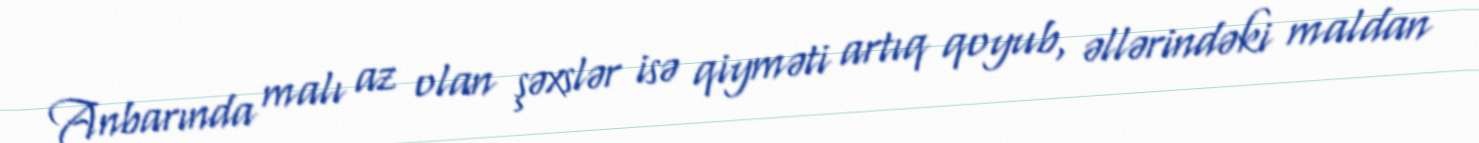
Anbarında malı az olan şəxslər isə qiyməti artıq qoyub, əllərindəki maldan